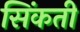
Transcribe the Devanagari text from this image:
सिंकती